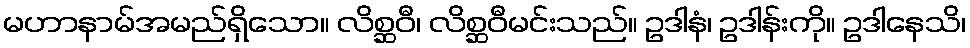
မဟာနာမ်အမည်ရှိသော။ လိစ္ဆဝီ၊ လိစ္ဆဝီမင်းသည်။ ဥဒါနံ၊ ဥဒါန်းကို။ ဥဒါနေသိ၊